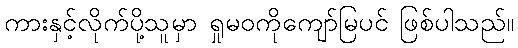
ကားနှင့်လိုက်ပို့သူမှာ ရှုမဝကိုကျော်မြပင် ဖြစ်ပါသည်။